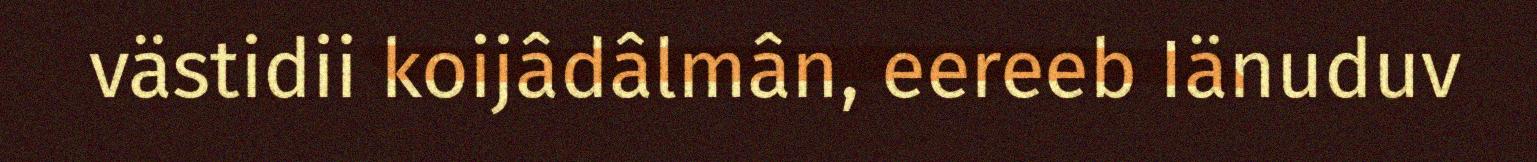
västidii koijâdâlmân, eereeb Iänuduv